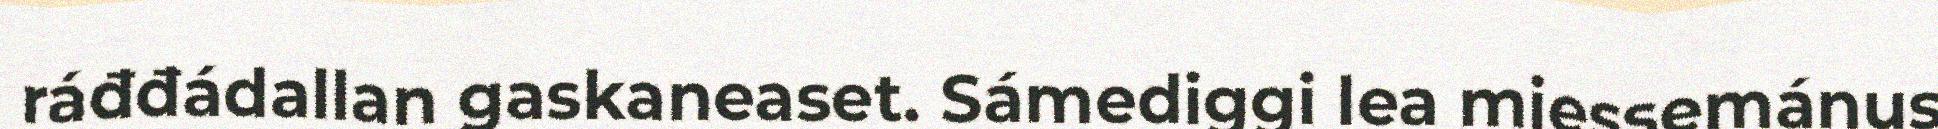
ráđđádallan gaskaneaset. Sámediggi lea miessemánus